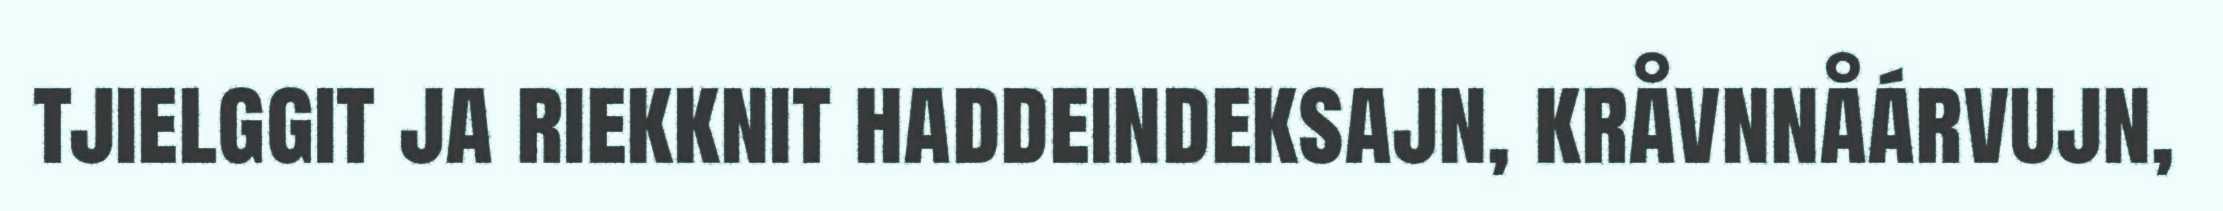
tjielggit ja riekknit haddeindeksajn, kråvnnåárvujn,